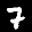
Label: 7